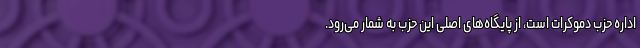
اداره حزب دموکرات است، از پایگاه‌های اصلی این حزب به شمار می‌رود.